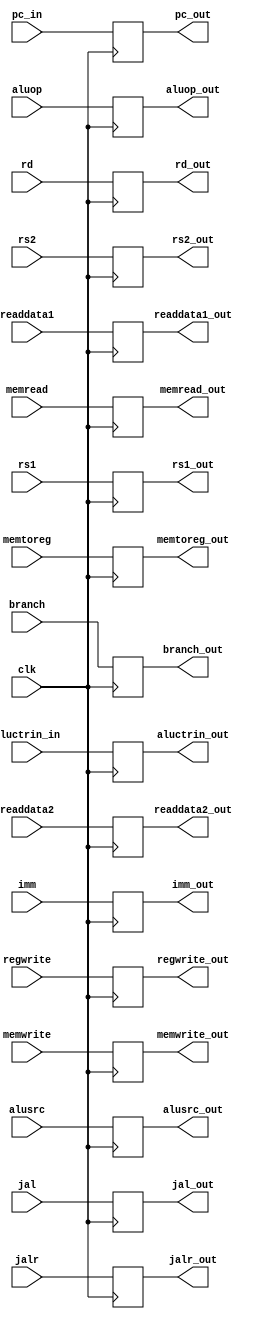
`timescale 1ns / 1ps
//////////////////////////////////////////////////////////////////////////////////
// Company: 
// Engineer: 
// 
// Design Name: 
// Module Name: ID
// Project Name: 
// Target Devices: 
// Tool Versions: 
// Description: 
// 
// Dependencies: 
// 
// Revision:
// Revision 0.01 - File Created
// Additional Comments:
// 
//////////////////////////////////////////////////////////////////////////////////

module IDEX(clk,branch,memread,memtoreg,aluop,memwrite,alusrc,regwrite,jal,jalr,pc_in,readdata1,readdata2,imm,aluctrin_in,rs1,rs2,rd,branch_out,memread_out,memtoreg_out,aluop_out,memwrite_out,alusrc_out,regwrite_out,jal_out,jalr_out,pc_out,readdata1_out,readdata2_out,imm_out,aluctrin_out,rs1_out,rs2_out,rd_out);
    input [1:0] aluop;
    input branch,memread,memtoreg,memwrite,alusrc,regwrite,clk,jal,jalr;
    input [31:0] pc_in;
    input [31:0] readdata1;
    input [31:0] readdata2;
    input [31:0] imm;
    input [4:0] rd;
    input [4:0] rs1;
    input [4:0] rs2;
    input [3:0] aluctrin_in;
    output reg [1:0] aluop_out;
    output reg branch_out,memread_out,memtoreg_out,memwrite_out,alusrc_out,regwrite_out,jal_out,jalr_out;
    output reg [31:0] pc_out;
    output reg [31:0] readdata1_out;
    output reg [31:0] readdata2_out;
    output reg [31:0] imm_out;
    output reg [3:0] aluctrin_out;
    output reg [4:0] rd_out;
    output reg [4:0] rs1_out;
    output reg [4:0] rs2_out;
    always @(posedge clk) begin
        aluop_out = aluop;
        branch_out = branch;
        memread_out = memread;
        memtoreg_out = memtoreg;
        memwrite_out = memwrite;
        alusrc_out = alusrc;
        regwrite_out = regwrite;
        pc_out = pc_in;
        readdata1_out = readdata1;
        readdata2_out = readdata2;
        imm_out = imm;
        aluctrin_out = aluctrin_in;
        rd_out = rd;
        jal_out = jal;
        jalr_out = jalr;
        rs1_out = rs1;
        rs2_out = rs2;
    end
endmodule

module Adder(rs1,jalr,pcin,imm,pcout);
    input [31:0] rs1,pcin;
    input [31:0] imm;
    input jalr;
    output reg [31:0] pcout;
    always @(*)begin
        if(jalr) pcout = rs1+imm;
        else pcout = pcin + (imm << 1);
    end
endmodule

module Mux32bit(readdata_id,readdata_exmem,writedata_wb,sel,readdata_out_id);
    input [31:0] readdata_id;
    input [31:0] readdata_exmem;
    input [31:0] writedata_wb;
    input [1:0] sel;
    output reg [31:0] readdata_out_id;
    always @(*) begin
        if (sel == 0) readdata_out_id = readdata_id;
        else if (sel == 1) readdata_out_id = writedata_wb;
        else readdata_out_id = readdata_exmem;
    end
endmodule

module Hazard_detect(jal,jalr,regwrite_wb,rd_memwb,rs1_ifid,rs2_ifid,memread_idex,memread_exmem,rd_idex,memwrite_id,branch_id,rd_exmem,memwrite_idex,memwrite_exmem,ifidwrite,pcwrite,sel,forward1_id,forward2_id);
    input [4:0] rs1_ifid;
    input [4:0] rs2_ifid;
    input [4:0] rd_idex;
    input [4:0] rd_exmem;
    input [4:0] rd_memwb;
    input jal,jalr,regwrite_wb,memread_idex,memread_exmem,branch_id,memwrite_id,memwrite_idex,memwrite_exmem;
    output reg ifidwrite;
    output reg [1:0] forward1_id;
    output reg [1:0] forward2_id;
    output reg pcwrite;
    output reg sel;
    initial begin
        forward1_id = 0;
        forward2_id = 0;
        ifidwrite = 1;
        sel = 1;
        pcwrite = 1;
    end
    always @(*) begin
        if (memwrite_id==0 && jal!=1 && jalr!=1 && memread_idex == 1 && (rs1_ifid == rd_idex || rs2_ifid == rd_idex))begin
            sel = 0;
            pcwrite = 0;
            ifidwrite = 0;
            forward1_id = 0;
            forward2_id = 0;
        end
        else if(branch_id == 1 && jal!=1 && jalr!=1 && memwrite_idex !=1 && (rs1_ifid == rd_idex || rs2_ifid == rd_idex)) begin
            sel = 0;
            pcwrite = 0;
            ifidwrite = 0;
            forward1_id = 0;
            forward2_id = 0;
        end
        else if (memread_exmem == 1 && branch_id == 1 && jal!=1 && jalr!=1 && (rs1_ifid == rd_exmem || rs2_ifid == rd_exmem)) begin
            sel = 0;
            pcwrite = 0;
            ifidwrite = 0;
            forward1_id = 0;
            forward2_id = 0;
        end
        else begin
            forward1_id = 0;
            forward2_id = 0;
            ifidwrite = 1;
            sel = 1;
            pcwrite = 1;
        end
        if (branch_id == 1 && jal!=1 && jalr!=1 && memwrite_exmem !=1 && (rs1_ifid == rd_exmem || rs2_ifid == rd_exmem)) begin
            if (rs1_ifid == rd_exmem) forward1_id = 1;
            if (rs2_ifid == rd_exmem) forward2_id = 1;
        end
        if (branch_id == 1 && jal!=1 && jalr!=1 && regwrite_wb && (rs1_ifid == rd_memwb || rs2_ifid == rd_memwb)) begin
            if (rs1_ifid == rd_exmem) forward1_id = 2'b10;
            if (rs2_ifid == rd_exmem) forward2_id = 2'b10;
        end
    end
endmodule

module Pcsrc(sel,branch,readdata1,readdata2,aluop,inst,jal,jalr,pcsrc,flush);
    input sel,branch,jal,jalr;
    input [31:0] readdata1;
    input [31:0] readdata2;
    input [1:0] aluop;
    input [3:0] inst;
    output reg pcsrc;
    output reg flush;
    initial begin
        pcsrc = 0;
        flush = 0;
    end
    always @(*) begin
    if(sel == 1)begin
        if (aluop == 2'b01 && inst[2:0] == 3'b000) begin//beq
            pcsrc = (readdata1 == readdata2 && branch == 1)?1:0;
            flush = (readdata1 == readdata2 && branch == 1)?1:0;
        end
        else if (aluop == 2'b01 && inst[2:0] == 3'b001) begin //bne branch
            pcsrc = (readdata1 != readdata2 && branch == 1)?1:0;
            flush = (readdata1 != readdata2 && branch == 1)?1:0;
        end
        else if (aluop == 2'b01 && inst[2:0] == 3'b100) begin//blt branch
            pcsrc = (readdata1 < readdata2 && branch == 1)?1:0;
            flush = (readdata1 < readdata2 && branch == 1)?1:0;
        end
        else if (aluop == 2'b01 && inst[2:0] == 3'b101) begin//bge branch
            pcsrc = (readdata1 >= readdata2 && branch == 1)?1:0;
            flush = (readdata1 >= readdata2 && branch == 1)?1:0;
        end
        else if (jal == 1) begin//jal
            pcsrc = 1;
            flush = 1;
        end
        else if (jalr == 1) begin//jalr
            pcsrc = 1;
            flush = 1;
        end
        else begin
            flush = 0;
            pcsrc = 0;
        end
    end
    else begin
        flush = 0;
        pcsrc = 0;
    end
    end
endmodule

module RegFile(readreg1,readreg2,writereg,writedata,regwrite,readdata1,readdata2,clk);
    input [4:0] readreg1;
    input [4:0] readreg2;
    input [4:0] writereg;
    input [31:0] writedata;
    input regwrite,clk;
    output [31:0] readdata1;
    output [31:0] readdata2;
    reg [31:0] memory[31:0];
    integer i = 0;
    initial begin
        for (i = 0; i < 32; i = i + 1) memory[i] = 32'b0;
    end
    always @(negedge clk) begin
        if (regwrite && (!(writereg==0))) memory[writereg] = writedata;
    end
    assign readdata1 = memory[readreg1];
    assign readdata2 = memory[readreg2];
endmodule


module ControlMux(branch,memread,memtoreg,aluop,memwrite,alusrc,regwrite,jalr,jal,sel,branch_out,memread_out,memtoreg_out,aluop_out,memwrite_out,alusrc_out,regwrite_out,jalr_out,jal_out);
    input branch,memread,memtoreg,memwrite,alusrc,regwrite,jalr,jal,sel;
    input [1:0] aluop;
    output reg [1:0] aluop_out;
    output reg branch_out,memread_out,memtoreg_out,memwrite_out,alusrc_out,regwrite_out,jalr_out,jal_out;
    initial begin
        branch_out = 0;
        memread_out = 0;
        memtoreg_out = 0;
        aluop_out = 2'b00;
        memwrite_out = 0;
        alusrc_out = 0;
        regwrite_out = 0;
        jalr_out = 0;
        jal_out =0;
    end
    always @(*) begin
        if (sel==0) begin
            branch_out = 0;
            memread_out = 0;
            memtoreg_out = 0;
            aluop_out = 2'b00;
            memwrite_out = 0;
            alusrc_out = 0;
            regwrite_out = 0;
            jalr_out = 0;
            jal_out =0;
        end
        else begin
            aluop_out = aluop;
            branch_out = branch;
            memread_out = memread;
            memtoreg_out = memtoreg;
            memwrite_out = memwrite;
            alusrc_out = alusrc;
            regwrite_out = regwrite;
            jal_out = jal;
            jalr_out = jalr;
        end
    end
endmodule


module Control(opcode,branch,memread,memtoreg,aluop,memwrite,alusrc,regwrite,jalr,jal);
    input [6:0] opcode;
    output reg [1:0] aluop;
    output reg branch,memread,memtoreg,memwrite,alusrc,regwrite,jalr,jal;
    initial begin
        branch = 0;
        memread = 0;
        memtoreg = 0;
        aluop = 2'b00;
        memwrite = 0;
        alusrc = 0;
        regwrite = 0;
        jalr = 0;
        jal =0;
    end
    always @(*) begin
        
        case(opcode)            
            7'b0000011:begin //load type
                
                branch = 0;
                memread = 1;
                memtoreg = 1;
                aluop = 2'b00;
                memwrite = 0;
                alusrc =1;
                regwrite = 1;
                jalr = 0;
                jal =0;
            end
            7'b0010011: begin // addi andi slli srli
                branch = 0;
                memread = 0;
                memtoreg = 0;
                aluop = 2'b00;
                memwrite = 0;
                alusrc =1;
                regwrite = 1;
                jalr = 0;
                jal =0;
            end
            7'b1100111: begin //jalr
                branch = 1;
                memread = 0;
                memtoreg = 0;
                aluop = 2'b00;
                memwrite = 0;
                alusrc =0;
                regwrite = 1;
                jalr = 1;
                jal =0;
            end
            7'b1101111: begin //jal
                branch = 1;
                memread = 0;
                memtoreg = 0;
                aluop = 2'b00;
                memwrite = 0;
                alusrc =0;
                regwrite = 1;
                jalr = 0;
                jal = 1;
            end
            7'b0100011:begin //S-type
                branch = 0;
                memread = 0;
                memtoreg = 0;
                aluop = 2'b00;
                memwrite = 1;
                alusrc = 1;
                regwrite = 0;
                jalr = 0;
                jal =0;
            end
            7'b0110011:begin //R-type
                branch = 0;
                memread = 0;
                memtoreg = 0;
                aluop = 2'b10;
                memwrite = 0;
                alusrc = 0;
                regwrite = 1;
                jalr = 0;
                jal =0;
            end
            7'b1100011:begin //B-type
                branch = 1;
                memread = 0;
                memtoreg = 0;
                aluop = 2'b01;
                memwrite = 0;
                alusrc = 0;
                regwrite = 0;
                jalr = 0;
                jal =0;
            end
            default: begin
                branch = 0;
                memread = 0;
                memtoreg = 0;
                aluop = 2'b0;
                memwrite = 0;
                alusrc = 0;
                regwrite = 0;
                jalr = 0;
                jal =0;
            end
      endcase
   end
endmodule

module ImmGen(instruction,imm);
    input [31:0] instruction;
    output reg [31:0] imm;
    initial begin
        imm = 32'b0;
    end
    always @(*) begin
        case(instruction[6:0])
            7'b0000011:begin //load type
                imm = $signed({instruction[31:20]});
            end
            7'b1100111:begin //jalr type
                imm = $signed({instruction[31:20]});
            end
            7'b0010011:begin //I-type
                imm = $signed({instruction[31:20]});
            end
            7'b0100011:begin //S-type
                imm = $signed({instruction[31:25],instruction[11:7]});
            end
            7'b0110011:begin //R-type
                imm = 32'b0;
            end
            7'b1100011:begin //B-type
                imm = $signed({instruction[31],instruction[7],instruction[30:25],instruction[11:8]});
            end
            7'b0110111:begin //U-type
                imm = $signed(instruction[31:12]);
            end
            7'b1101111:begin //J-type
                imm = $signed({instruction[31],instruction[19:12],instruction[20],instruction[30:21]});
            end
            default: begin
                imm = 32'b0;
            end
         endcase
    end
endmodule